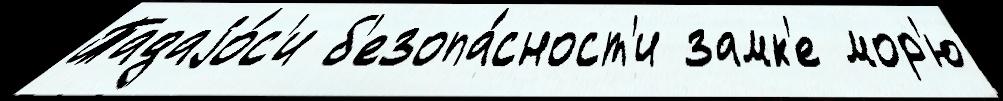
Тадаjо́с'и б'езопа́сност'и замк'е мор'ю